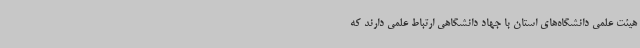
هیئت علمی دانشگاه‌های استان با جهاد دانشگاهی ارتباط علمی دارند که